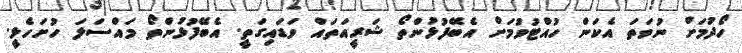
ހޯދުމަށް ނުވަތަ އެކަން ހުއްޓުވުމަށް އެބޭފުޅުންތޯ ޝަރީއަތައް ވަޑައިގަތީ. އެބޭފުޅުންތޯ މައްސަލަ ހުށަހެޅީ.